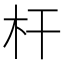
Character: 杆